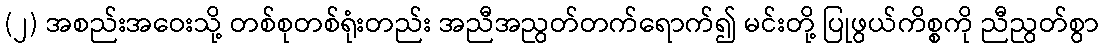
(၂) အစည်းအဝေးသို့ တစ်စုတစ်ရုံးတည်း အညီအညွတ်တက်ရောက်၍ မင်းတို့ ပြုဖွယ်ကိစ္စကို ညီညွတ်စွာ